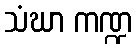
သံဃာ ကဏ္ဍ